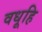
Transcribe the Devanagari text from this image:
वधूहि